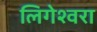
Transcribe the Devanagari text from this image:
लिगेश्वरा